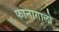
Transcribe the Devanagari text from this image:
फानागालो